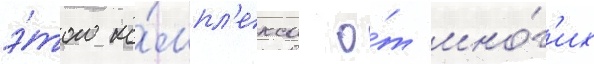
э́того ко́мпл'екса о́т мно́г'их